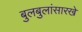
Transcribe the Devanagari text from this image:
बुलबुलांसारखे